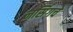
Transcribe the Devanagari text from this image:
नर्सिगचे